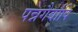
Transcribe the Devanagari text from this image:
पन्नगैर्वापि